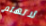
لاتهتم